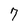
Character: 7